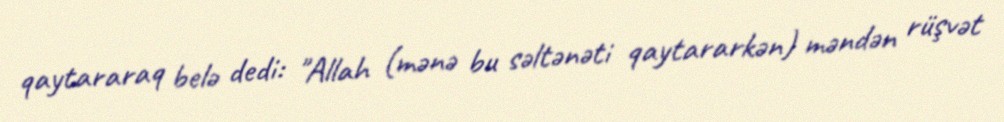
qaytararaq belə dedi: "Allah (mənə bu səltənəti qaytararkən) məndən rüşvət